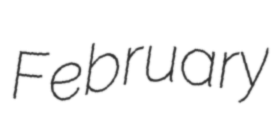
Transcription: February